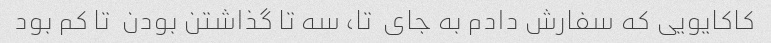
کاکایویی که سفارش دادم به جای  تا، سه تا گذاشتن بودن  تا کم بود